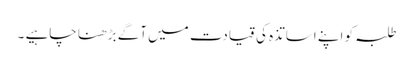
طلبہ کو اپنے اساتذہ کی قیادت میں آگے بڑھنا چاہیے ۔